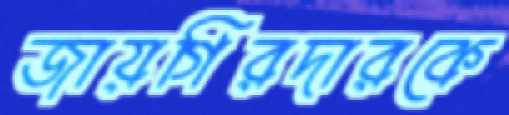
জায়গিরদারকে